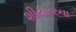
શીયરરના